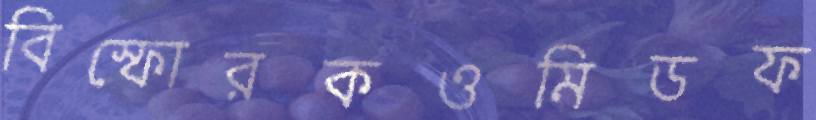
বিস্ফোরকওমিডফ